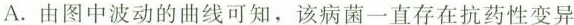
A.由图中波动的曲线可知，该病菌一直存在抗药性变异